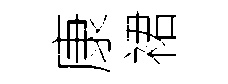
康裙